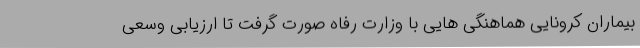
بیماران کرونایی هماهنگی هایی با وزارت رفاه صورت گرفت تا ارزیابی وسعی